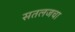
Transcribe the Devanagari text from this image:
सतलजचा